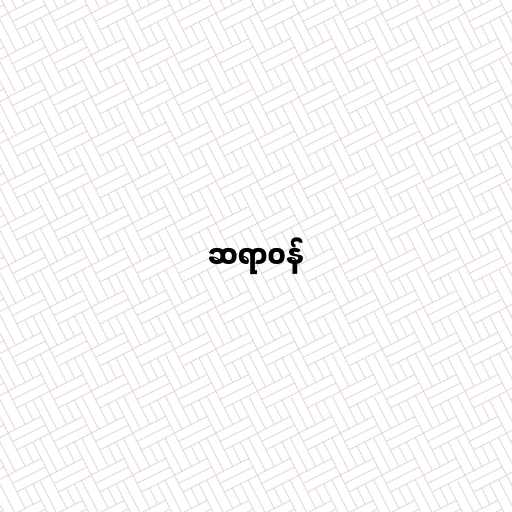
ဆရာဝန်